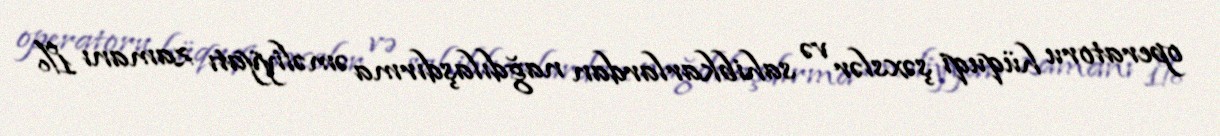
operatoru hüquqi şəxslər və sahibkarlardan nağdılaşdırma əməliyyatı zamanı 1%